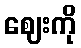
ဈေးကို